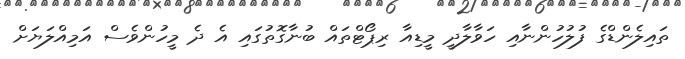
ތައިލެންޑްގެ ފުލުހުންނާއި ހަވާލާދީ މީޑިއާ ރިޕޯޓްތައް ބުނާގޮތުގައި އެ ދެ މީހުންވެސް އަމިއްލަޔަށް